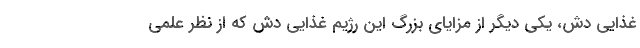
غذایی دش، یکی دیگر از مزایای بزرگ این رژیم غذایی دش که از نظر علمی